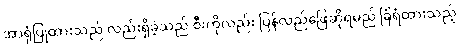
အာရုံပြုထားသည် လည်းရှိခဲ့သည် စီးကိုလည်း ပြန်လည်ဖြေဆိုရမည် ခြံရံထားသည့်